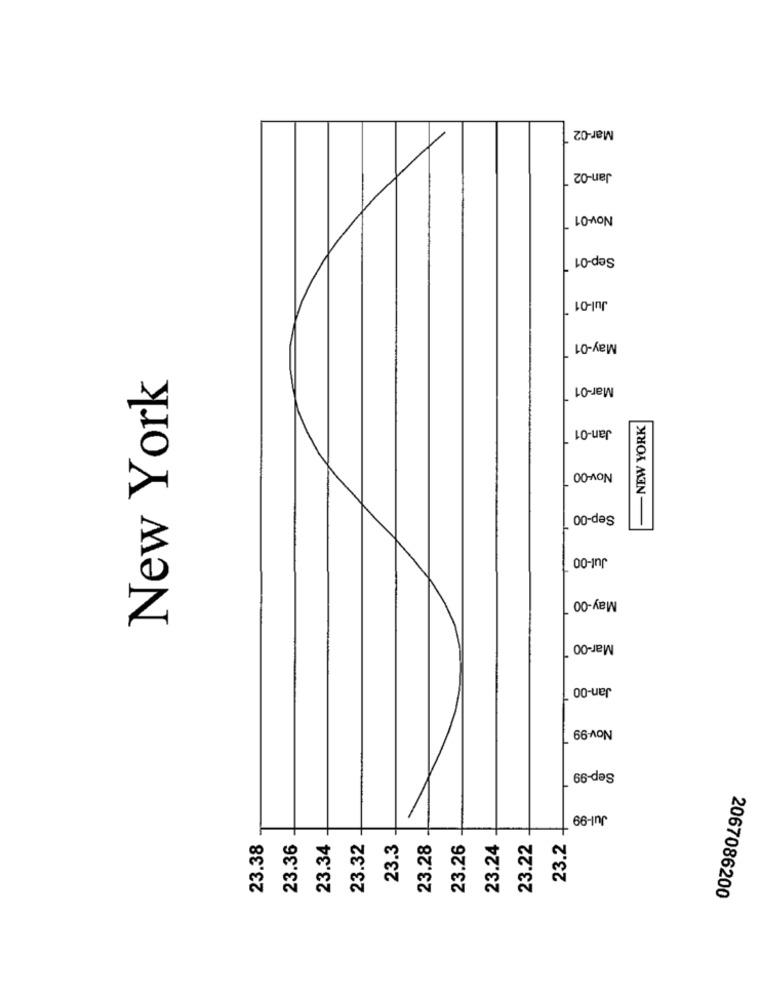
Mar-02
Jan-02
Nov-01
Sep-01
Jul-01
May-01
New York
Mar-01
- NEW YORK
Jan-01
Nov-00
Sep-00
Jul-00
May-00
Mar-00
Jan-00
Nov-99
Sep-99
Jul-99
23.38
23.36
23.34
23.32
23.3
23.28
23.26
23.24
23.22
23.2
2067086200